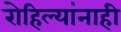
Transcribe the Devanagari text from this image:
रोहिल्यांनाही